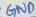
Text: GND